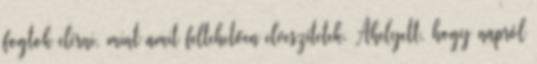
fogtok elérni, mint amit feltehetően elveszítetek. Ahelyett, hogy napról